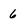
Character: 6